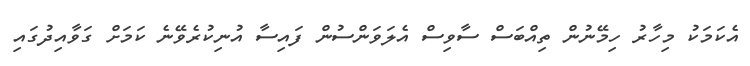
އެކަމަކު މިހާރު ހިމޭނުން ތިއްބަސް ސާވިސް އެލަވަންސުން ފައިސާ އުނިކުރެވޭނެ ކަމަށް ގަވާއިދުގައި